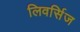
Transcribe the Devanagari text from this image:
लिवर्सिज